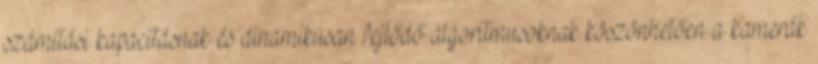
számítási kapacitásnak és dinamikusan fejlődő algoritmusoknak köszönhetően a kamerák